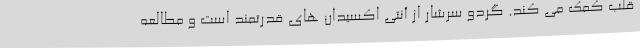
قلب کمک می کند. گردو سرشار از آنتی اکسیدان های قدرتمند است و مطالعه